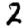
Digit: 2